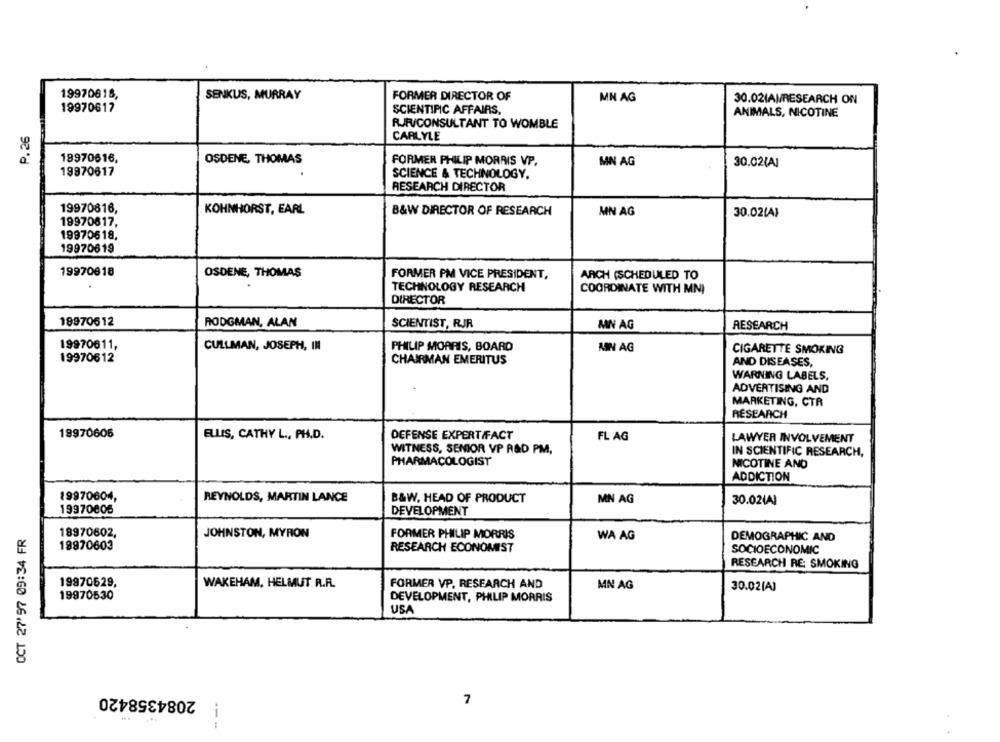
19970618,
SENKUS, MURRAY
FORMER DIRECTOR OF
MN AG
30.021AM/RESEARCH ON
19970617
SCIENTIFIC AFFAIRS,
ANIMALS, NICOTINE
RUFVCONSULTANT TO WOMBLE
P.26
CARLYLE
19970616,
OSDENE, THOMAS
FORMER PHILIP MORRIS VP.
MN AG
30.02/A]
19870617
SCIENCE & TECHNOLOGY.
RESEARCH DIRECTOR
19970816,
KOHNHORST, EARL
B&W DIRECTOR OF RESEARCH
MN AG
30.02(A)
19970617,
19970618,
19970619
19970618
OSDENE, THOMAS
FORMER PM VICE PRESIDENT,
ARCH (SCHEDULED TO
TECHNOLOGY RESEARCH
COORDINATE WITH MNI
DIRECTOR
19970612
RODGMAN, ALAN
SCIENTIST, RJR
MN AG
RESEARCH
19970611,
CULLMAN, JOSEPH. INI
PHILIP MORRIS, BOARD
MIN AG
CIGARETTE SMOKING
19970612
CHAIRMAN EMERITUS
AND DISEASES,
WARNING LABELS,
ADVERTISING AND
MARKETING, CTR
RESEARCH
19970605
ELLIS, CATHY L ., PH.D.
DEFENSE EXPERT FACT
FL AG
LAWYER INVOLVEMENT
WITNESS, SENIOR VP R&D PM,
IN SCIENTIFIC RESEARCH,
PHARMACOLOGIST
NICOTINE AND
ADDICTION
19970604,
REYNOLDS, MARTIN LANCE
B&W, HEAD OF PRODUCT
MN AG
30.02(A)
19970005
DEVELOPMENT
OCT 27'97 09:34 FR
18970602,
JOHNSTON, MYRON
FORMER PHILIP MORRIS
WA AG
DEMOGRAPHIC AND
19970603
RESEARCH ECONOMIST
SOCIOECONOMIC
RESEARCH RE: SMOKING
19970629,
WAKEHAM, HELMUT R.R.
FORMER VP. RESEARCH AND
MN AG
30.02[A]
19970530
DEVELOPMENT, PHILIP MORRIS
USA
2084358420
7
---